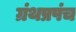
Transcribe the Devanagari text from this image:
ग्रंथप्रपंच